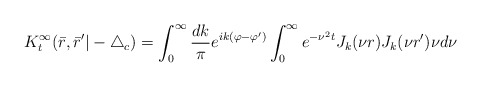
\begin{align*}K_{t}^{\infty}(\bar r,\bar r'|-\triangle_c)=\int_{0}^{\infty}\frac{dk}{\pi}e^{ik(\varphi-\varphi')}\int_{0}^{\infty}e^{-\nu^2t} J_{k}(\nu r)J_{k}(\nu r')\nu d\nu\end{align*}